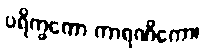
ပရိက္ခကော ကာရဏိကော၊